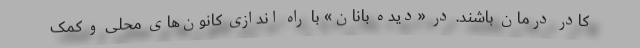
کادر درمان باشند. در «دیده بانان» با راه اندازی کانون‌های محلی و کمک